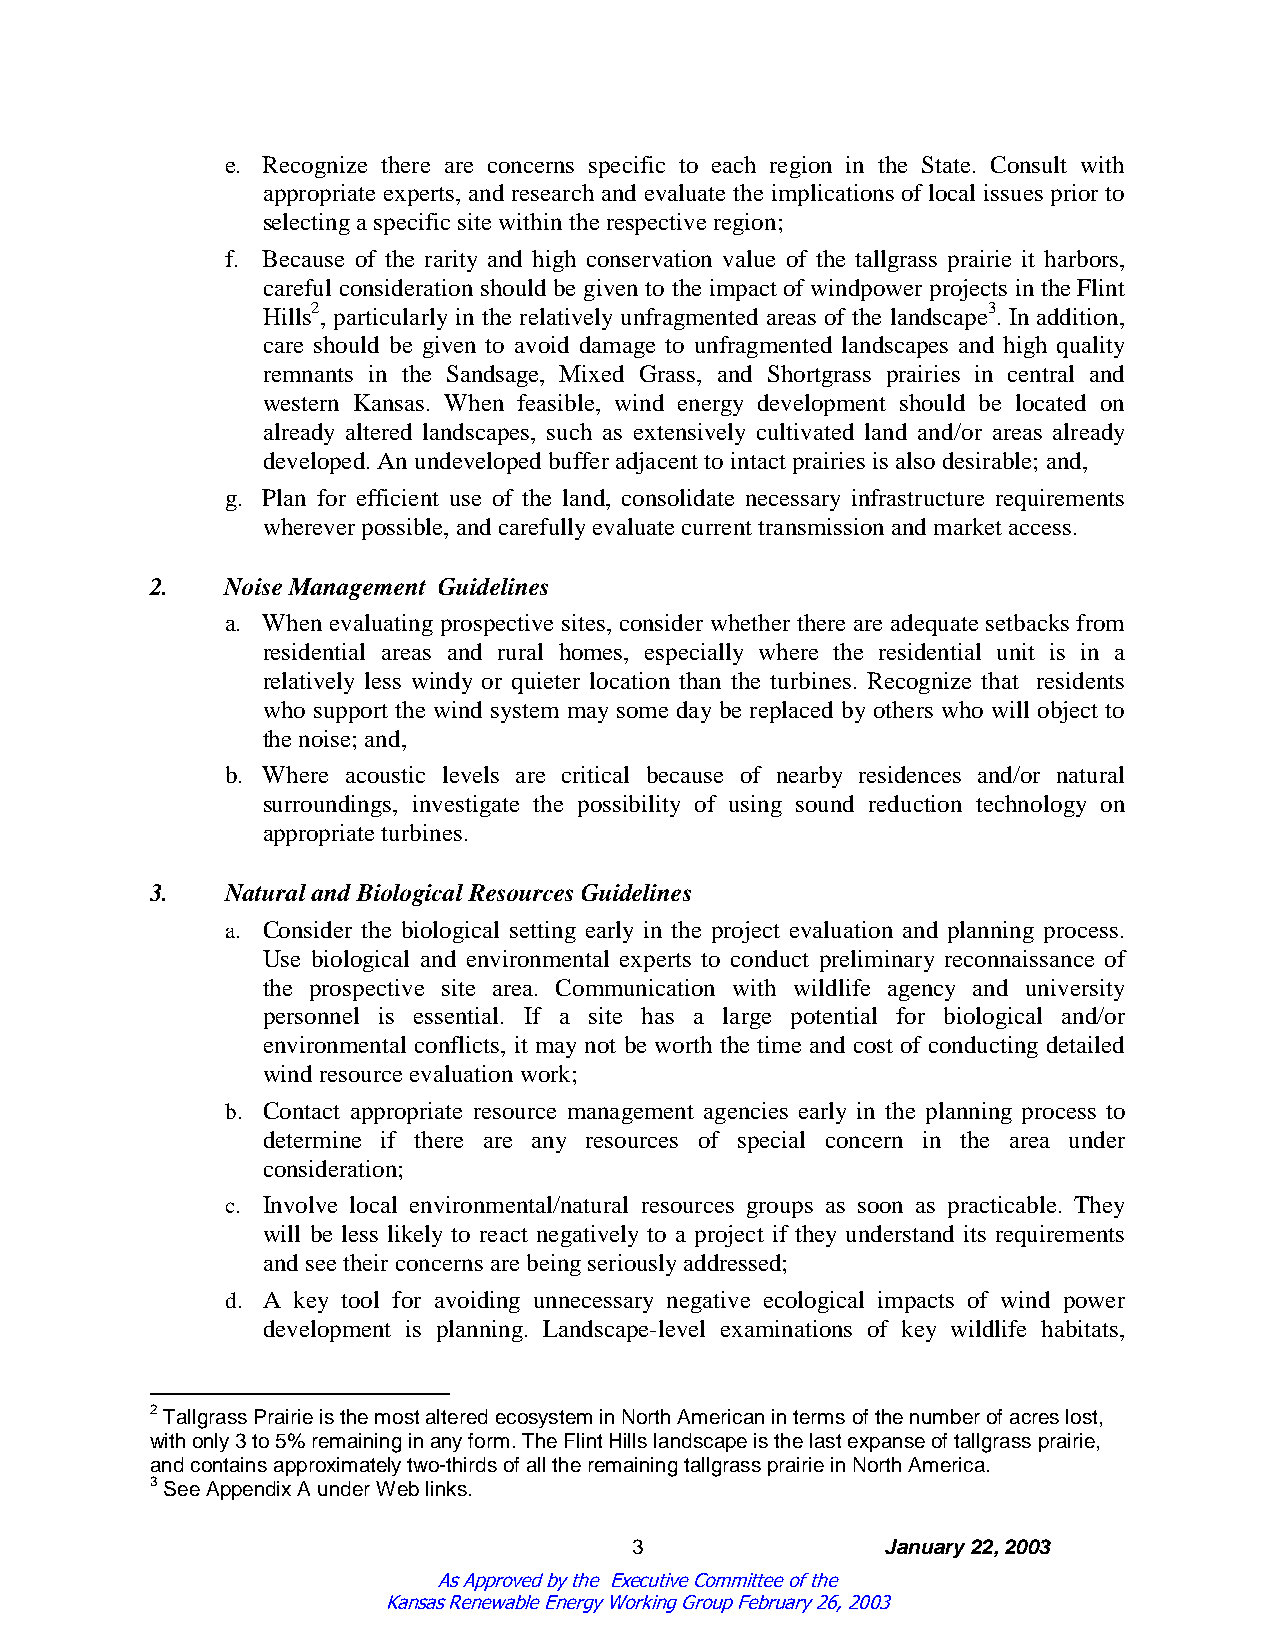
e. Recognize there are concerns specific to each region in the State. Consult with
 appropriate experts, and research and evaluate the implications of local issues prior to
 selectingaspecificsitewithintherespectiveregion;
 f. Because of the rarity and high conservation value of the tallgrass prairie it harbors,
 careful consideration should be given to the impact of windpower projects in the Flint
 Hills2, particularly in the relatively unfragmented areas of the landscape3. In addition,
 care should be given to avoid damage to unfragmented landscapes and high quality
 remnants in the Sandsage, Mixed Grass, and Shortgrass prairies in central and
 western Kansas. When feasible, wind energy development should be located on
 already altered landscapes, such as extensively cultivated land and/or areas already
 developed.Anundevelopedbufferadjacent tointact prairies is alsodesirable; and,
 g. Plan for efficient use of the land, consolidate necessary infrastructure requirements
 whereverpossible,andcarefullyevaluatecurrent transmissionandmarket access.
 2.   NoiseManagement Guidelines
 a. When evaluating prospective sites, consider whether there are adequate setbacks from
 residential areas and rural homes, especially where the residential unit is in a
 relatively less windy or quieter location than the turbines. Recognize that residents
 who support the wind system may some day be replaced by others who will object to
 thenoise; and,
 b. Where acoustic levels are critical because of nearby residences and/or natural
 surroundings, investigate the possibility of using sound reduction technology on
 appropriateturbines.
 3.   Natural andBiological Resources Guidelines
 a. Consider the biological setting early in the project evaluation and planning process.
 Use biological and environmental experts to conduct preliminary reconnaissance of
 the prospective site area. Communication with wildlife agency and university
 personnel is essential. If a site has a large potential for biological and/or
 environmental conflicts, it may not be worth the time and cost of conducting detailed
 windresourceevaluationwork;
 b. Contact appropriate resource management agencies early in the planning process to
 determine if there are any resources of special concern in the area under
 consideration;
 c. Involve local environmental/natural resources groups as soon as practicable. They
 will be less likely to react negatively to a project if they understand its requirements
 andseetheirconcerns arebeingseriouslyaddressed;
 d. A key tool for avoiding unnecessary negative ecological impacts of wind power
 development is planning. Landscape-level examinations of key wildlife habitats,
 2TallgrassPrairieisthemostalteredecosysteminNorthAmericanintermsofthenumberofacreslost,
 withonly3to5%remaininginanyform.TheFlintHillslandscapeisthelastexpanseoftallgrassprairie,
 andcontainsapproximatelytwo-thirdsofalltheremainingtallgrassprairieinNorthAmerica.
 3SeeAppendixAunderWeblinks.
 3                January22,2003
 As Approved by the Executive Committee of the
 Kansas Renewable Energy Working Group February 26, 2003